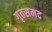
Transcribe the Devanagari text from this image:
गृतसमद